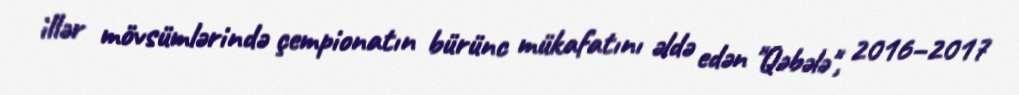
illər mövsümlərində çempionatın bürünc mükafatını əldə edən "Qəbələ", 2016–2017